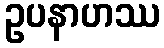
ဥပနာဟဿ